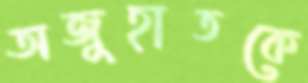
অজুহাতকে